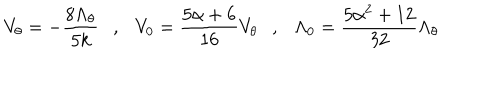
LaTeX: V _ { \theta } = - { \frac { 8 \Lambda _ { \theta } } { 5 k } } , V _ { 0 } = { \frac { 5 \alpha + 6 } { 1 6 } } V _ { \theta } , \Lambda _ { 0 } = { \frac { 5 \alpha ^ { 2 } + 1 2 } { 3 2 } } \Lambda _ { \theta }